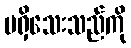
မရှိသေးသည်ကို